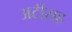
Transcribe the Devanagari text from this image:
अटींसह